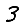
Digit: 3